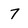
Character: 7